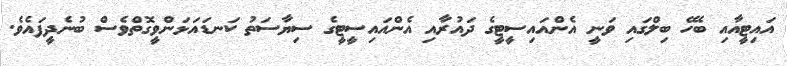
އައިޓީއާއި ބެހޭ ބިލްގައި ވަނީ އެންއައިސީޓީގެ ދައުރާއި އެންއައިސީޓީގެ ސިޔާސަތު ކަނޑައަޅަންވީގޮތްވެސް ބުނެދީފައެވެ.